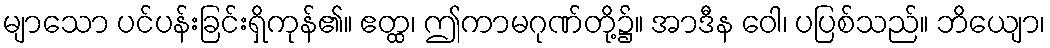
မျာသော ပင်ပန်းခြင်းရှိကုန်၏။ ဧတ္ထ၊ ဤကာမဂုဏ်တို့၌။ အာဒီန ဝေါ၊ ပပြစ်သည်။ ဘိယျော၊